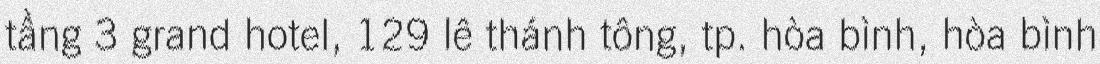
tầng 3 grand hotel, 129 lê thánh tông, tp. hòa bình, hòa bình